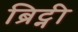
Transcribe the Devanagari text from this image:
ब्रिट्नी